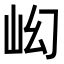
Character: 𡵿